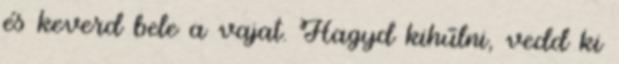
és keverd bele a vajat. Hagyd kihűlni, vedd ki